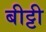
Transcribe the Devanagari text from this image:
बीट्टी